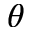
\theta